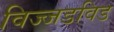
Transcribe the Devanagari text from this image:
विज्जडविड